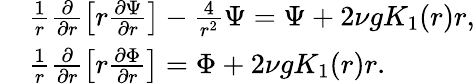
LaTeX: \begin{array}{rl}&{\frac{1}{r}\frac{\partial}{\partial r}\left[r\frac{\partial\Psi}{\partial r}\right]-\frac{4}{r^{2}}\Psi=\Psi+2\nu gK_{1}(r)r,}\\ &{\frac{1}{r}\frac{\partial}{\partial r}\left[r\frac{\partial\Phi}{\partial r}\right]=\Phi+2\nu gK_{1}(r)r.}\end{array}